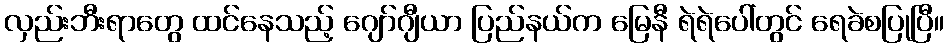
လှည်းဘီးရာတွေ ထင်နေသည့် ဂျော်ဂျီယာ ပြည်နယ်က မြေနီ ရဲရဲပေါ်တွင် ရေခဲစပြုပြီ။